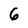
Character: 6